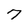
Character: 7